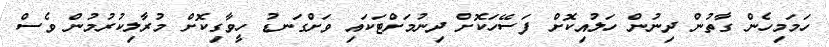
ހަމަމިހެން ގާތުން ދިނުން ހަލުއިކޮށް ފަސޭހަކޮށް ދިނުމަށްޓަކައި ވަށްގަނޑު ހީވާގިކޮށް މުރާލިކުރުމުން ވެސް